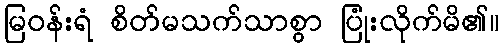
မြဝန်းရံ စိတ်မသက်သာစွာ ပြုံးလိုက်မိ၏။